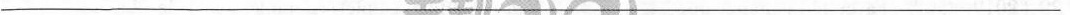
___